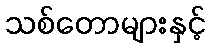
သစ်တောများနှင့်